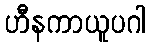
ဟီနကာယူပဂါ